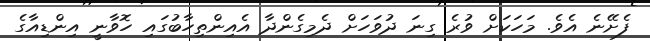
ފެށޭނެ އެވެ. މަހަކަށް ވުރެ ގިނަ ދުވަހަށް ދެމިގެންދާ އެއިންތިހާބުގައި ހޮވާނީ އިންޑިއާގެ